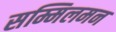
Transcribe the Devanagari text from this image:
सम्मिलमन